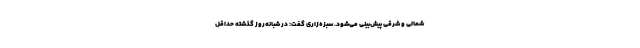
شمالی و شرقی پیش‌بینی می‌شود. سبزه‌زاری گفت: در شبانه‌روز گذشته حداقل